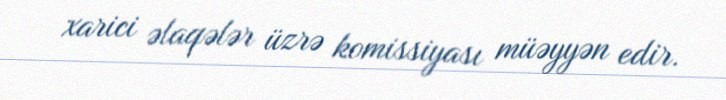
xarici əlaqələr üzrə komissiyası müəyyən edir.